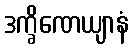
ဒက္ခိဏေယျာနံ